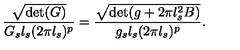
{ \frac { \sqrt { \det ( G ) } } { G _ { s } l _ { s } ( 2 \pi l _ { s } ) ^ { p } } } = { \frac { \sqrt { \det ( g + 2 \pi l _ { s } ^ { 2 } B ) } } { g _ { s } l _ { s } ( 2 \pi l _ { s } ) ^ { p } } } .